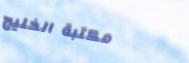
مكتبة الخليج